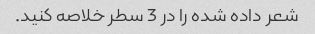
شعر داده شده را در 3 سطر خلاصه کنید.